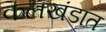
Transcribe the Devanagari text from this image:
कलखंडात